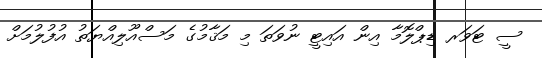
ސީ ޓަވަރ ޑިޕްލޮމާ އިން އައިޓީ ނުވަތަ މި މަޤާމުގެ މަސްއޫލިއްޔަތު އުފުލުމަށް